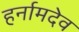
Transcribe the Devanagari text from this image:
हर्नामदेव